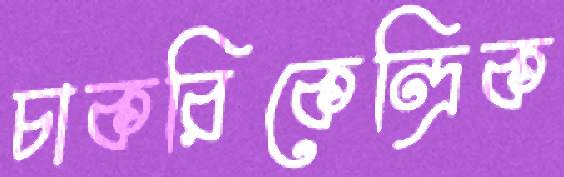
চাকরিকেন্দ্রিক